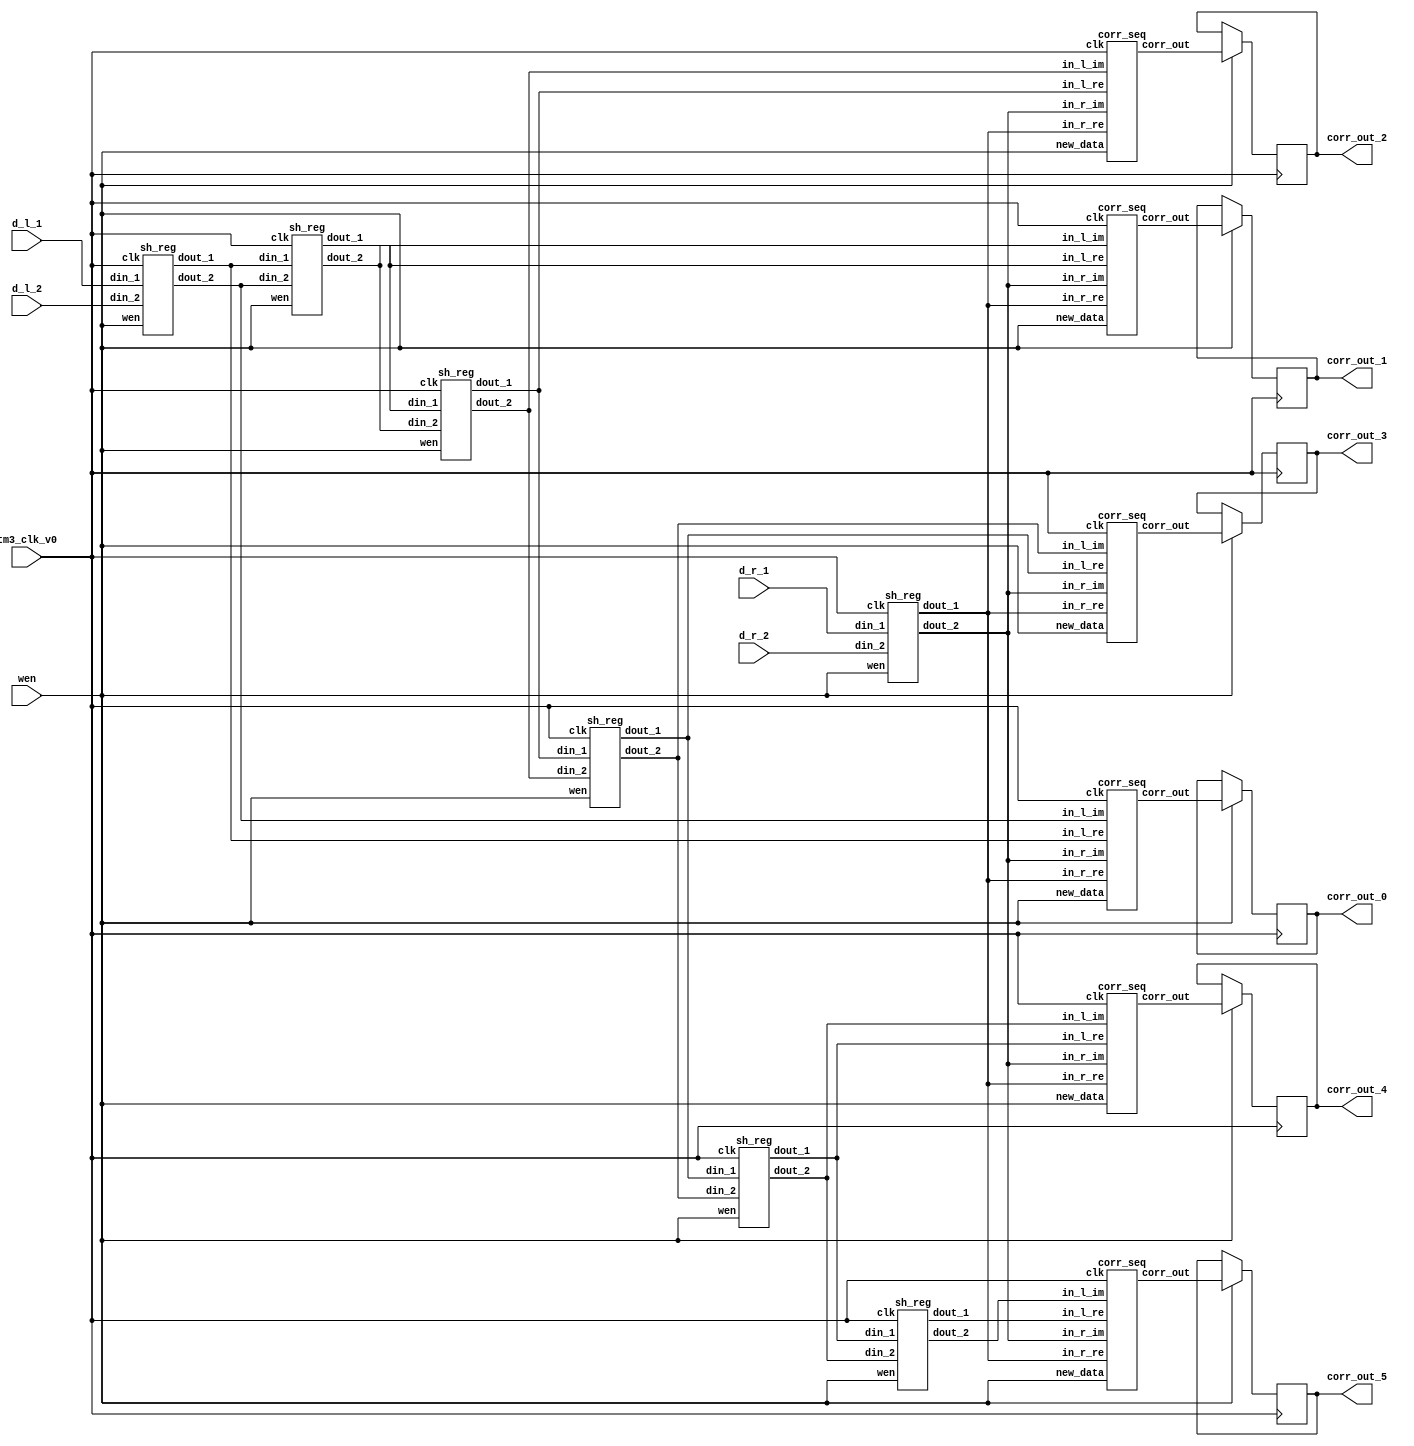

module wrapper_corr_5_seq (tm3_clk_v0, wen, d_l_1, d_l_2, d_r_1, d_r_2, corr_out_0, corr_out_1, corr_out_2, corr_out_3, corr_out_4, corr_out_5);

   parameter sh_reg_w = 4'b1000; 

   input tm3_clk_v0; 
   input wen; 
   input[7:0] d_l_1; 
   input[7:0] d_l_2; 
   input[7:0] d_r_1; 
   input[7:0] d_r_2; 
   output[15:0] corr_out_0; 
   reg[15:0] corr_out_0;
   output[15:0] corr_out_1; 
   reg[15:0] corr_out_1;
   output[15:0] corr_out_2; 
   reg[15:0] corr_out_2;
   output[15:0] corr_out_3; 
   reg[15:0] corr_out_3;
   output[15:0] corr_out_4; 
   reg[15:0] corr_out_4;
   output[15:0] corr_out_5; 
   reg[15:0] corr_out_5;

   wire[sh_reg_w - 1:0] out_r1; 
   wire[sh_reg_w - 1:0] out_01; 
   wire[sh_reg_w - 1:0] out_11; 
   wire[sh_reg_w - 1:0] out_21; 
   wire[sh_reg_w - 1:0] out_31; 
   wire[sh_reg_w - 1:0] out_41; 
   wire[sh_reg_w - 1:0] out_51; 
   wire[sh_reg_w - 1:0] out_r2; 
   wire[sh_reg_w - 1:0] out_02; 
   wire[sh_reg_w - 1:0] out_12; 
   wire[sh_reg_w - 1:0] out_22; 
   wire[sh_reg_w - 1:0] out_32; 
   wire[sh_reg_w - 1:0] out_42; 
   wire[sh_reg_w - 1:0] out_52; 
   wire[2 * sh_reg_w - 1:0] corr_out_0_tmp; 
   wire[2 * sh_reg_w - 1:0] corr_out_1_tmp; 
   wire[2 * sh_reg_w - 1:0] corr_out_2_tmp; 
   wire[2 * sh_reg_w - 1:0] corr_out_3_tmp; 
   wire[2 * sh_reg_w - 1:0] corr_out_4_tmp; 
   wire[2 * sh_reg_w - 1:0] corr_out_5_tmp; 

   sh_reg  inst_sh_reg_r_1(tm3_clk_v0, wen, d_r_1, d_r_2, out_r1, out_r2); 
   sh_reg  inst_sh_reg_0(tm3_clk_v0, wen, d_l_1, d_l_2, out_01, out_02); 
   sh_reg  inst_sh_reg_1(tm3_clk_v0, wen, out_01, out_02, out_11, out_12); 
   sh_reg  inst_sh_reg_2(tm3_clk_v0, wen, out_11, out_12, out_21, out_22); 
   sh_reg  inst_sh_reg_3(tm3_clk_v0, wen, out_21, out_22, out_31, out_32); 
   sh_reg  inst_sh_reg_4(tm3_clk_v0, wen, out_31, out_32, out_41, out_42); 
   sh_reg  inst_sh_reg_5(tm3_clk_v0, wen, out_41, out_42, out_51, out_52); 
   corr_seq  inst_corr_0(tm3_clk_v0, wen, out_01, out_02, out_r1, out_r2, corr_out_0_tmp); 
   corr_seq  inst_corr_1(tm3_clk_v0, wen, out_11, out_12, out_r1, out_r2, corr_out_1_tmp); 
   corr_seq  inst_corr_2(tm3_clk_v0, wen, out_21, out_22, out_r1, out_r2, corr_out_2_tmp); 
   corr_seq  inst_corr_3(tm3_clk_v0, wen, out_31, out_32, out_r1, out_r2, corr_out_3_tmp); 
   corr_seq  inst_corr_4(tm3_clk_v0, wen, out_41, out_42, out_r1, out_r2, corr_out_4_tmp); 
   corr_seq  inst_corr_5(tm3_clk_v0, wen, out_51, out_52, out_r1, out_r2, corr_out_5_tmp); 

   always @(posedge tm3_clk_v0)
   begin
      if (wen == 1'b1)
         begin
            corr_out_0 <= corr_out_0_tmp ; 
            corr_out_1 <= corr_out_1_tmp ; 
            corr_out_2 <= corr_out_2_tmp ; 
            corr_out_3 <= corr_out_3_tmp ; 
            corr_out_4 <= corr_out_4_tmp ; 
            corr_out_5 <= corr_out_5_tmp ; 
         end 
         else
         begin
            corr_out_0 <= corr_out_0; 
            corr_out_1 <= corr_out_1; 
            corr_out_2 <= corr_out_2; 
            corr_out_3 <= corr_out_3; 
            corr_out_4 <= corr_out_4; 
            corr_out_5 <= corr_out_5; 
         end 
   end 
endmodule
module corr_seq (clk, new_data, in_l_re, in_l_im, in_r_re, in_r_im, corr_out);

    parameter sh_reg_w  = 4'b1000;
    input clk; 
    input new_data; 
    input[sh_reg_w - 1:0] in_l_re; 
    input[sh_reg_w - 1:0] in_l_im; 
    input[sh_reg_w - 1:0] in_r_re; 
    input[sh_reg_w - 1:0] in_r_im; 
    output[2 * sh_reg_w - 1:0] corr_out; 
    reg[2 * sh_reg_w - 1:0] corr_out;
    reg[sh_reg_w - 1:0] in_l_re_reg; 
    reg[sh_reg_w - 1:0] in_l_im_reg; 
    reg[sh_reg_w - 1:0] in_r_re_reg; 
    reg[sh_reg_w - 1:0] in_r_im_reg; 
    reg[2 * sh_reg_w - 1:0] lrexrre_reg; 
    reg[2 * sh_reg_w - 1:0] limxrim_reg; 
    reg[2 * sh_reg_w - 1:0] corr_out_tmp; 

    always @(posedge clk)
    begin
          if (new_data == 1'b1)
          begin
             in_l_re_reg <= in_l_re ; 
             in_l_im_reg <= in_l_im ; 
             in_r_re_reg <= in_r_re ; 
             in_r_im_reg <= in_r_im ; 
             corr_out <= corr_out_tmp ; 
          end 
          else
          begin
             in_l_re_reg <= in_l_re_reg ; 
             in_l_im_reg <= in_l_im_reg ; 
             in_r_re_reg <= in_r_re_reg ; 
             in_r_im_reg <= in_r_im_reg ; 
             corr_out <= corr_out; 
          end 
			// PAJ - replaced by me, but called mult_slow
             lrexrre_reg <= in_l_re_reg*in_r_re_reg ; 
             limxrim_reg <= in_l_im_reg*in_r_im_reg ; 
          corr_out_tmp <= lrexrre_reg + limxrim_reg ; 
    end 
 endmodule
module sh_reg (clk, wen, din_1, din_2, dout_1, dout_2);

   parameter sh_reg_w  = 4'b1000;
   input clk; 
   input wen; 
   input[sh_reg_w - 1:0] din_1; 
   input[sh_reg_w - 1:0] din_2; 
   output[sh_reg_w - 1:0] dout_1; 
   reg[sh_reg_w - 1:0] dout_1;
   output[sh_reg_w - 1:0] dout_2; 
   reg[sh_reg_w - 1:0] dout_2;

   always @(posedge clk)
   begin
         if (wen == 1'b1)
         begin
            dout_1 <= din_1 ; 
            dout_2 <= din_2 ; 
         end 
		else
		begin
            dout_1 <= dout_1 ; 
            dout_2 <= dout_2 ; 
		end
   end 
endmodule